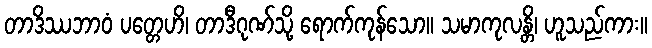
တာဒိဿဘာဝံ ပတ္တေဟိ၊ တာဒီဂုဏ်သို့ ရောက်ကုန်သော။ သမာကုလန္တိ၊ ဟူသည်ကား။